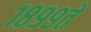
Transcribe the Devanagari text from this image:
१८९९ते